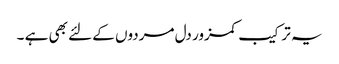
یہ ترکیب کمزور دل مردوں کے لئے بھی ہے ۔